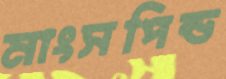
মাংসপিন্ড